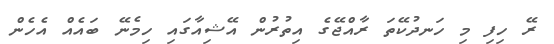
ރޭ ހިފި މި ހަނދުކޭތަ ރާއްޖޭގެ އިތުރުން އޭޝިއާގައި ހިމެނޭ ބައެއް އެހެން